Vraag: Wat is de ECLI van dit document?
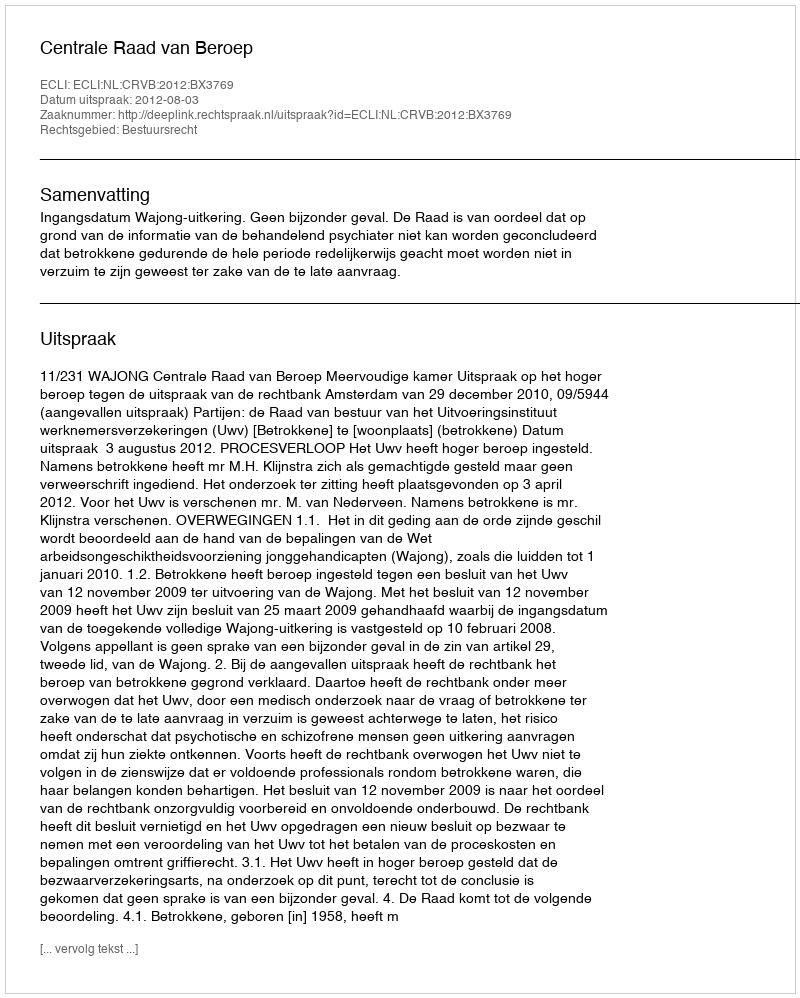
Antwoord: ECLI:NL:CRVB:2012:BX3769